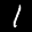
Label: 1